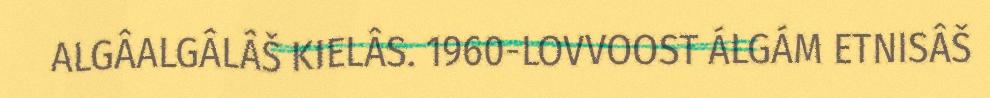
ALGÂALGÂLÂŠ KIELÂS. 1960-LOVVOOST ÁLGÁM ETNISÂŠ